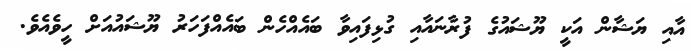
އާއި ޔަޝާން އަކީ ޔޫޝައުގެ ފުރާނައާއި ގުޅިފައިވާ ބައެއްހެން ބައެއްފަހަރު ޔޫޝައުއަށް ހީވެއެވެ.